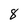
Character: 8